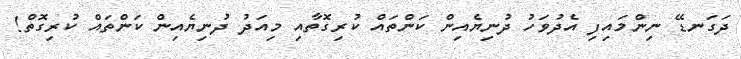
ދަގަނޑޭ ނިންމައިފި އެދުވަހު ދުނިޔެއިން ކަންތައް ކުރިގޮތާއި މިއަދު ދުނިޔެއިން ކަންތައް ކުރިގޮތް!